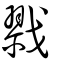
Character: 戮